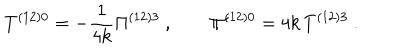
LaTeX: T ^ { \left( 1 2 \right) 0 } = - \frac { 1 } { 4 k } \Pi ^ { \left( 1 2 \right) 3 } \ , \qquad \Pi ^ { ( 1 2 ) 0 } = 4 k \, T ^ { ( 1 2 ) 3 } \ .